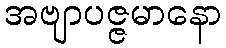
အဗျာပဇ္ဇမာနော